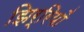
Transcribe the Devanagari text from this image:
झिर्रियों